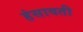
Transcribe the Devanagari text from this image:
हंसावती